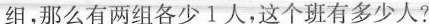
组，那么有两组各少1人，这个班有多少人?